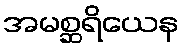
အမစ္ဆရိယေန